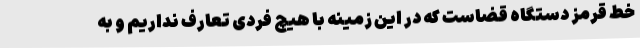
خط قرمز دستگاه قضاست که در این زمینه با هیچ فردی تعارف نداریم و به